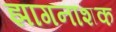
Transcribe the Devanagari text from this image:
झागनाशक